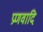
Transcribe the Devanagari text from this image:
प्रणवादि